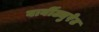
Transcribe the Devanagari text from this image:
बार्बीट्युरेट